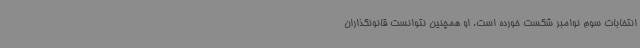
انتخابات سوم نوامبر شکست خورده است. او همچنین نتوانست قانونگذاران